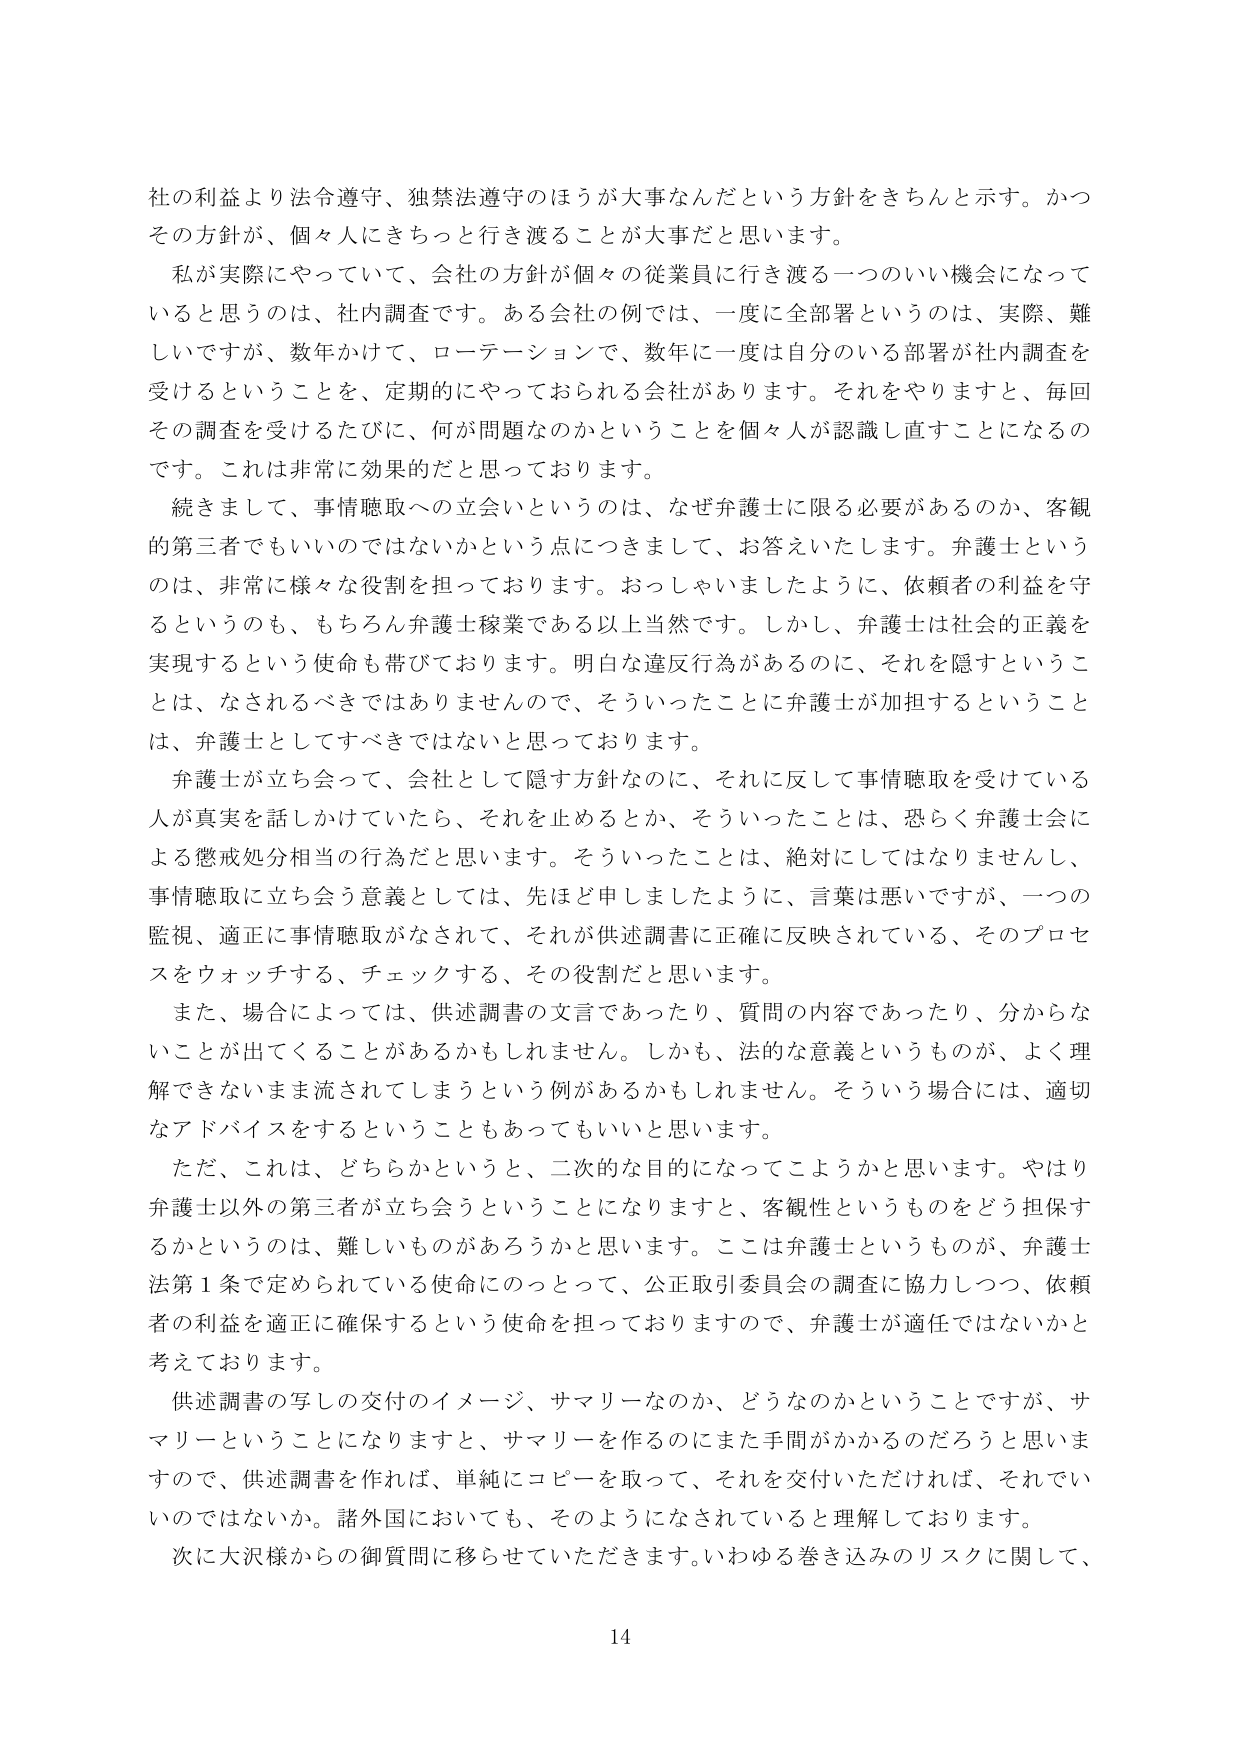
社の利益より法令遵守、独禁法遵守のほうが大事なんだという方針をきちんと示す。かつその方針が、個人々にきちっと行き渡ることが大事だと思います。

私が実際にやっていて、会社の方針が個々の従業員に行き渡る一つのいい機会になっていると思うのは、社内調査です。ある会社の例では、一度に全部署というのは、実際、難しいですが、数年かけて、ローテーションで、数年に一度は自分のいる部署が社内調査を受けるということを、定期的にやっておられる会社があります。それをやりますと、毎回その調査を受けるたびに、何が問題なのかということを個々人が認識し直すことになるのです。これは非常に効果的だと思っております。

続きまして、事情聴取への立会いというのは、なぜ弁護士に限る必要があるのか、客観的第三者でもいいのではないかという点につきまして、お答えいたします。弁護士というのは、非常に様々な役割を担っております。おっしゃいましたように、依頼者の利益を守るというのも、もちろん弁護士稼業である以上当然です。しかし、弁護士は社会的正義を実現するという使命も帯びております。明白な違反行為があるのに、それを隠すということは、なされるべきではありませんので、そういったことに弁護士が加担するということは、弁護士としてすべきではないと思っております。

弁護士が立ち会って、会社として隠す方針なのに、それに反して事情聴取を受けている人が真実を話しかけていたら、それを止めるとか、そういったことは、恐らく弁護士会による懲戒処分相当の行為だと思います。そういったことは、絶対にしてはなりませんし、事情聴取に立ち会う意義としては、先ほど申しましたように、言葉は悪いですが、一つの監視、適正に事情聴取がなされて、それが供述調書に正確に反映されている、そのプロセスをウォッチする、チェックする、その役割だと思います。

また、場合によっては、供述調書の文言であったり、質問の内容であったり、分からないことが出てくることがあるかもしれません。しかも、法的な意義というものが、よく理解できないまま流されてしまうという例があるかもしれません。そういう場合には、適切なアドバイスをするということもあってもいいと思います。

ただ、これは、どちらかというと、二次的な目的になってこようかと思います。やはり弁護士以外の第三者が立ち会うということになりますと、客観性というものをどう担保するかというのは、難しいものがあるろうかと思います。ここは弁護士というものが、弁護士法第1条で定められている使命のひとつとして、公正取引委員会の調査に協力しつつ、依頼者の利益を適正に確保するという使命を担っておりますので、弁護士が適任ではないかと考えております。

供述調書の写しの交付のイメージ、サマリーなのか、どうなのかということですが、サマリーということになりますと、サマリーを作るのにまた手間がかかるのだろうと思いますので、供述調書を作れば、単純にコピーを取って、それを交付いただければ、それでいいのではないか。諸外国においても、そのようになされていると理解しております。

次に大沢様からの御質問に移らせていただきます。いわゆる巻き込みのリスクに関して、

14